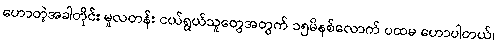
ဟောတဲ့အခါတိုင်း မူလတန်း ငယ်ရွယ်သူတွေအတွက် ၁၅မိနစ်လောက် ပထမ ဟောပါတယ်၊